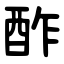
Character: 酢